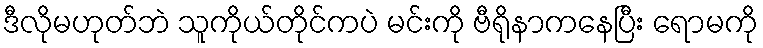
ဒီလိုမဟုတ်ဘဲ သူကိုယ်တိုင်ကပဲ မင်းကို ဗီရိုနာကနေပြီး ရောမကို